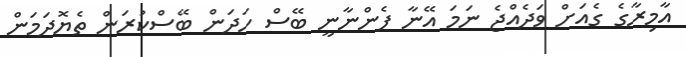
އާމިރާގެ ގެއަށް ވަދެއްޖެ ނަމަ އޭނާ ފެންނާނީ ބޭސް ހަދަން ބޭސްކުރަން ތެޔޮދަމަން